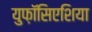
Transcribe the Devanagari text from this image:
युफ़ॉसिएशिया